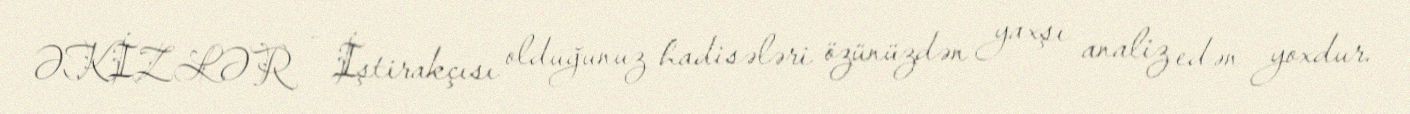
ƏKİZLƏR - İştirakçısı olduğunuz hadisələri özünüzdən yaxşı analiz edən yoxdur.